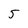
Character: 5